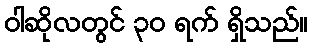
ဝါဆိုလတွင် ၃၀ ရက် ရှိသည်။